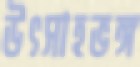
উৎসাহভঙ্গ